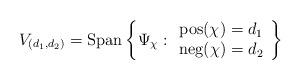
LaTeX: \begin{align*}V_{(d_1,d_2)} = \mathrm{Span} \left\{ \Psi_\chi : \begin{array}{c} \mathrm{pos}(\chi) = d_1 \\ \mathrm{neg}(\chi)=d_2 \end{array} \right\}\end{align*}